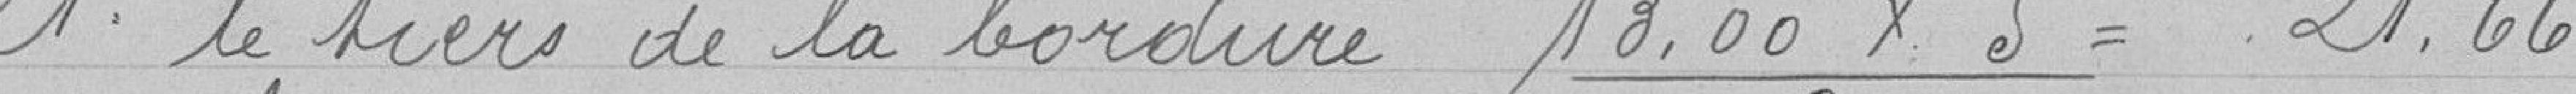
1° le tiers de la bordure 18.00 x5 / 3 = 21.66